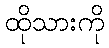
ထိုသားကို